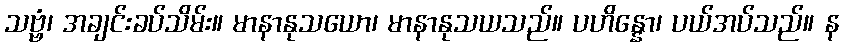
သဗ္ဗံ၊ အချင်းခပ်သိမ်း။ မာနာနုသယော၊ မာနာနုသယသည်။ ပဟိန္နော၊ ပယ်အပ်သည်။ န